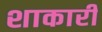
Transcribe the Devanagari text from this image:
शाकारी